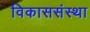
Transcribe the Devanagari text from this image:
विकाससंस्था